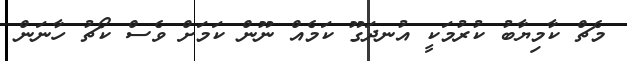
މެޗް ކާމިޔާބު ކުރުމަކީ އުނދަގޫ ކަމެއް ނޫން ކަމަށް ވެސް ކޯޗު ހާނަން